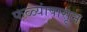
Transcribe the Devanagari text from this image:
फळ्यांपासून